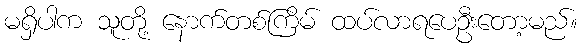
မရှိပါက သူတို့ နောက်တစ်ကြိမ် ထပ်လာရပေဦးတော့မည်။